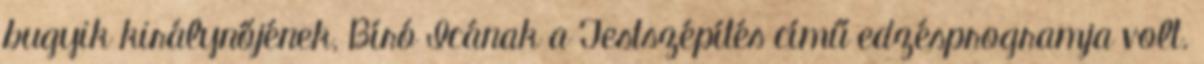
bugyik királynőjének, Bíró Icának a Testszépítés című edzésprogramja volt.